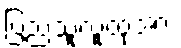
ပြည်သူလူထုအား